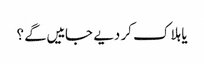
یا ہلاک کر دیے جاییں گے ؟